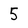
Character: 5